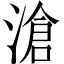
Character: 滄